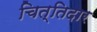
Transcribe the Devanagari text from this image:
चित्तिदार